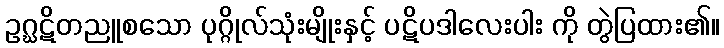
ဥဂ္ဃဋိတညူစသော ပုဂ္ဂိုလ်သုံးမျိုးနှင့် ပဋိပဒါလေးပါး ကို တွဲပြထား၏။